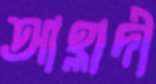
আহ্লাদী